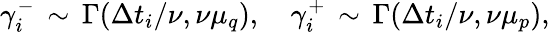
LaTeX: \gamma_{i}^{-}\, \sim\, \Gamma(\Delta t_{i}/\nu,\nu\mu_{q}),\quad\gamma_{i}^{+}\, \sim\, \Gamma(\Delta t_{i}/\nu,\nu\mu_{p}),